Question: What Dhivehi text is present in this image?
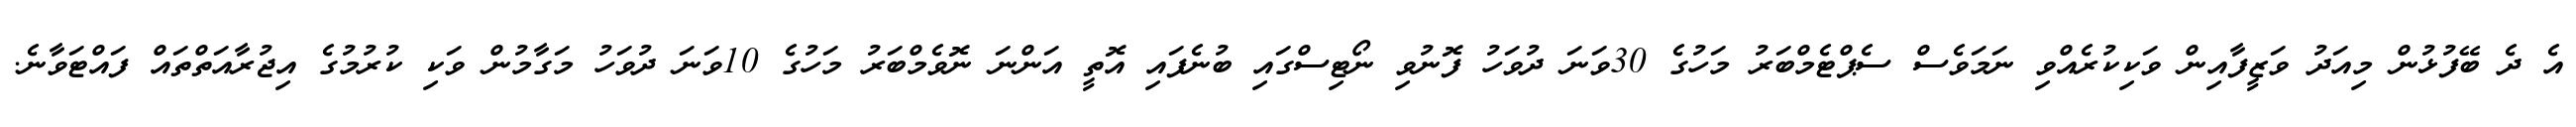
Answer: އެ ދެ ބޭފުޅުން މިއަދު ވަޒީފާއިން ވަކިކުރެއްވި ނަމަވެސް ސެޕްޓެމްބަރު މަހުގެ 30ވަނަ ދުވަހު ފޮނުވި ނޯޓިސްގައި ބުނެފައި އޮތީ އަންނަ ނޮވެމްބަރު މަހުގެ 10ވަނަ ދުވަހު މަގާމުން ވަކި ކުރުމުގެ އިޖުރާއަތްތައް ފައްޓަވާނެ.